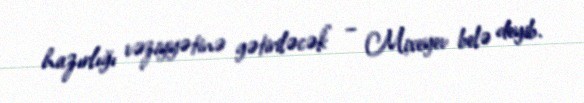
hazırlığı vəziyyətinə gətiriləcək” – Mixeyev belə deyib.